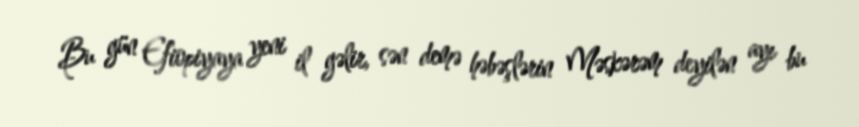
Bu gün Efiopiyaya yeni il gəlir, sən demə həbəşlərin Məskərəm deyilən ayı bu